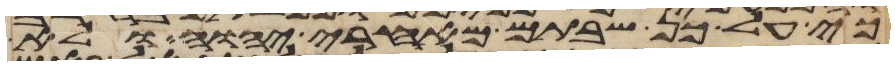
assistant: כי על כן שבתם מאחרי יהוה ולא